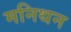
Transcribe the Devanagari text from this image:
मनिथन